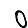
Digit: 0